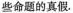
些命题的真假.